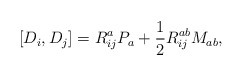
\begin{align*}[D_{i},D_{j}]=R_{ij}^{a}P_{a}+\frac{1}{2}R_{ij}^{ab}M_{ab},\end{align*}